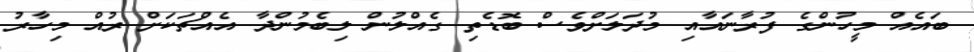
ބައެއް މީހުންގެ ފުރާނައާއި މުދަލަށްވެސް ބޮޑެތި ގެއްލުން ލިބެމުންދާ އެއްޗަކަށް ރުއް މިހާރު